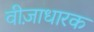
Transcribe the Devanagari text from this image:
वीज़ाधारक